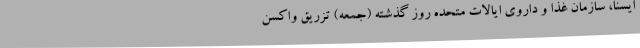
ایسنا، سازمان غذا و داروی ایالات متحده روز گذشته (جمعه) تزریق واکسن